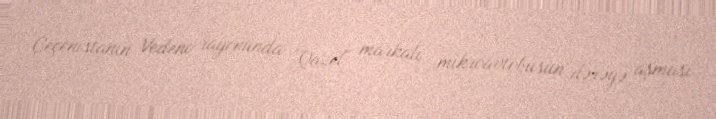
Çeçenistanın Vedeno rayonunda "Qazel" markalı mikroavtobusun dərəyə aşması